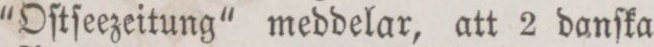
“Oſtſeezeitung“ meddelar, att 2 danſka